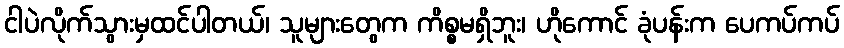
ငါပဲလိုက်သွားမှထင်ပါတယ်၊ သူများတွေက ကိစ္စမရှိဘူး၊ ဟိုကောင် ခုံပန်းက ပေကပ်ကပ်